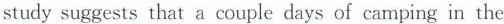
study suggests that a couple days of camping in the